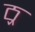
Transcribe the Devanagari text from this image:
ठ्र्